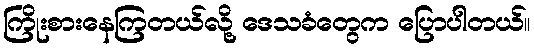
ကြိုးစားနေကြတယ်လို့ ဒေသခံတွေက ပြောပါတယ်။